Problem: 41 - 40 = ?
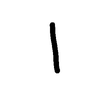
Handwritten answer: 1